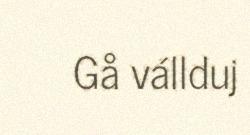
Gå vállduj